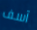
آسف